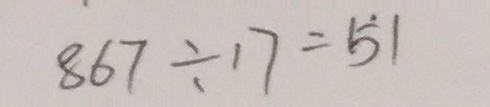
8 6 7 \div 1 7 = \dot { 5 } 1